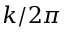
k / 2 \pi